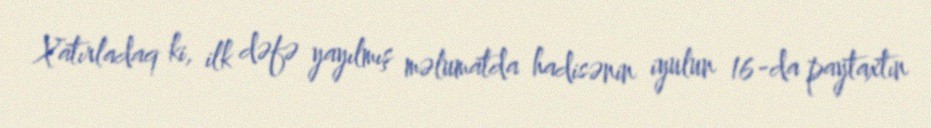
Xatırladaq ki, ilk dəfə yayılmış məlumatda hadisənin iyulun 16-da paytaxtın